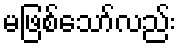
မဖြစ်သော်လည်း